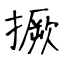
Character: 撅